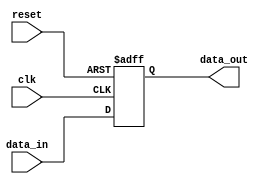
module edge_triggered_latch (
    input wire clk, // Clock signal
    input wire reset, // Reset signal
    input wire data_in, // Input data
    output reg data_out // Output data
);

always @ (posedge clk or posedge reset) begin
    if (reset) begin
        data_out <= 1'b0; // Reset the latch to 0
    end else begin
        data_out <= data_in; // Sample and store the input data on the rising edge of the clock
    end
end

endmodule